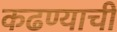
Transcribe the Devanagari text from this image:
कढण्याची